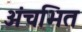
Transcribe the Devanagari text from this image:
अंचभित